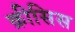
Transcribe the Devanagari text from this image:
क्रीसिस